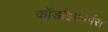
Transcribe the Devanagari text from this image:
कॉर्डाइकार्पस